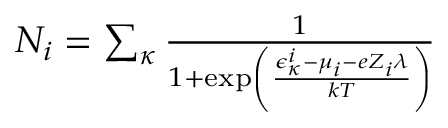
\begin{array} { r } { N _ { i } = \sum _ { \kappa } \frac { 1 } { 1 + \exp \left( \frac { \epsilon _ { \kappa } ^ { i } - \mu _ { i } - e Z _ { i } \lambda } { k T } \right) } } \end{array}